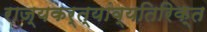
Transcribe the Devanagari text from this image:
राज्यकर्त्यांव्यतिरिक्त